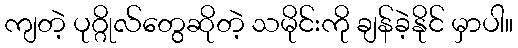
ကျတဲ့ ပုဂ္ဂိုလ်တွေဆိုတဲ့ သမိုင်းကို ချန်ခဲ့နိုင် မှာပါ။